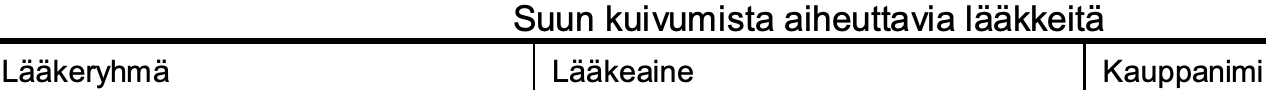
Suun kuivumista aiheuttavia lääkkeitä Lääkeryhmä        Lääkeaine          Kauppanimi